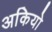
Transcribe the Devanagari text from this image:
अकियो